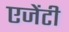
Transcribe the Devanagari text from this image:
एजेंटी